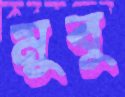
মুবু